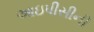
આઇપીસીની